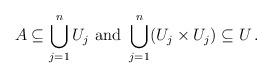
LaTeX: \begin{align*} A \subseteq \bigcup_{j=1}^n U_j \mbox{ and } \bigcup_{j=1}^n (U_j \times U_j) \subseteq U \,.\end{align*}